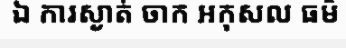
ឯ ការស្ងាត់ ចាក អកុសល ធម៌